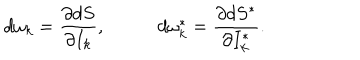
d \omega _ { k } = \frac { \partial d S } { \partial I _ { k } } , \; d \omega _ { k } ^ { * } = \frac { \partial d S ^ { * } } { \partial I _ { k } ^ { * } } .